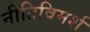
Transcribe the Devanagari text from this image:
नीतिविमर्श